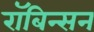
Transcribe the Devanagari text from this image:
रॉबिन्सन